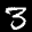
Label: 3